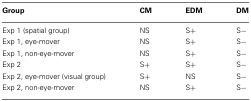
| Group | CM | EDM | DM |
 | --- | --- | --- | --- |
 | Exp 1 (spatial group) | NS | S+ | S− |
 | Exp 1, eye-mover | NS | S+ | S− |
 | Exp 1, non-eye-mover | NS | S+ | S− |
 | Exp 2 | S+ | S+ | S− |
 | Exp 2, eye-mover (visual group) | S+ | NS | S− |
 | Exp 2, non-eye-mover | NS | S+ | S− |